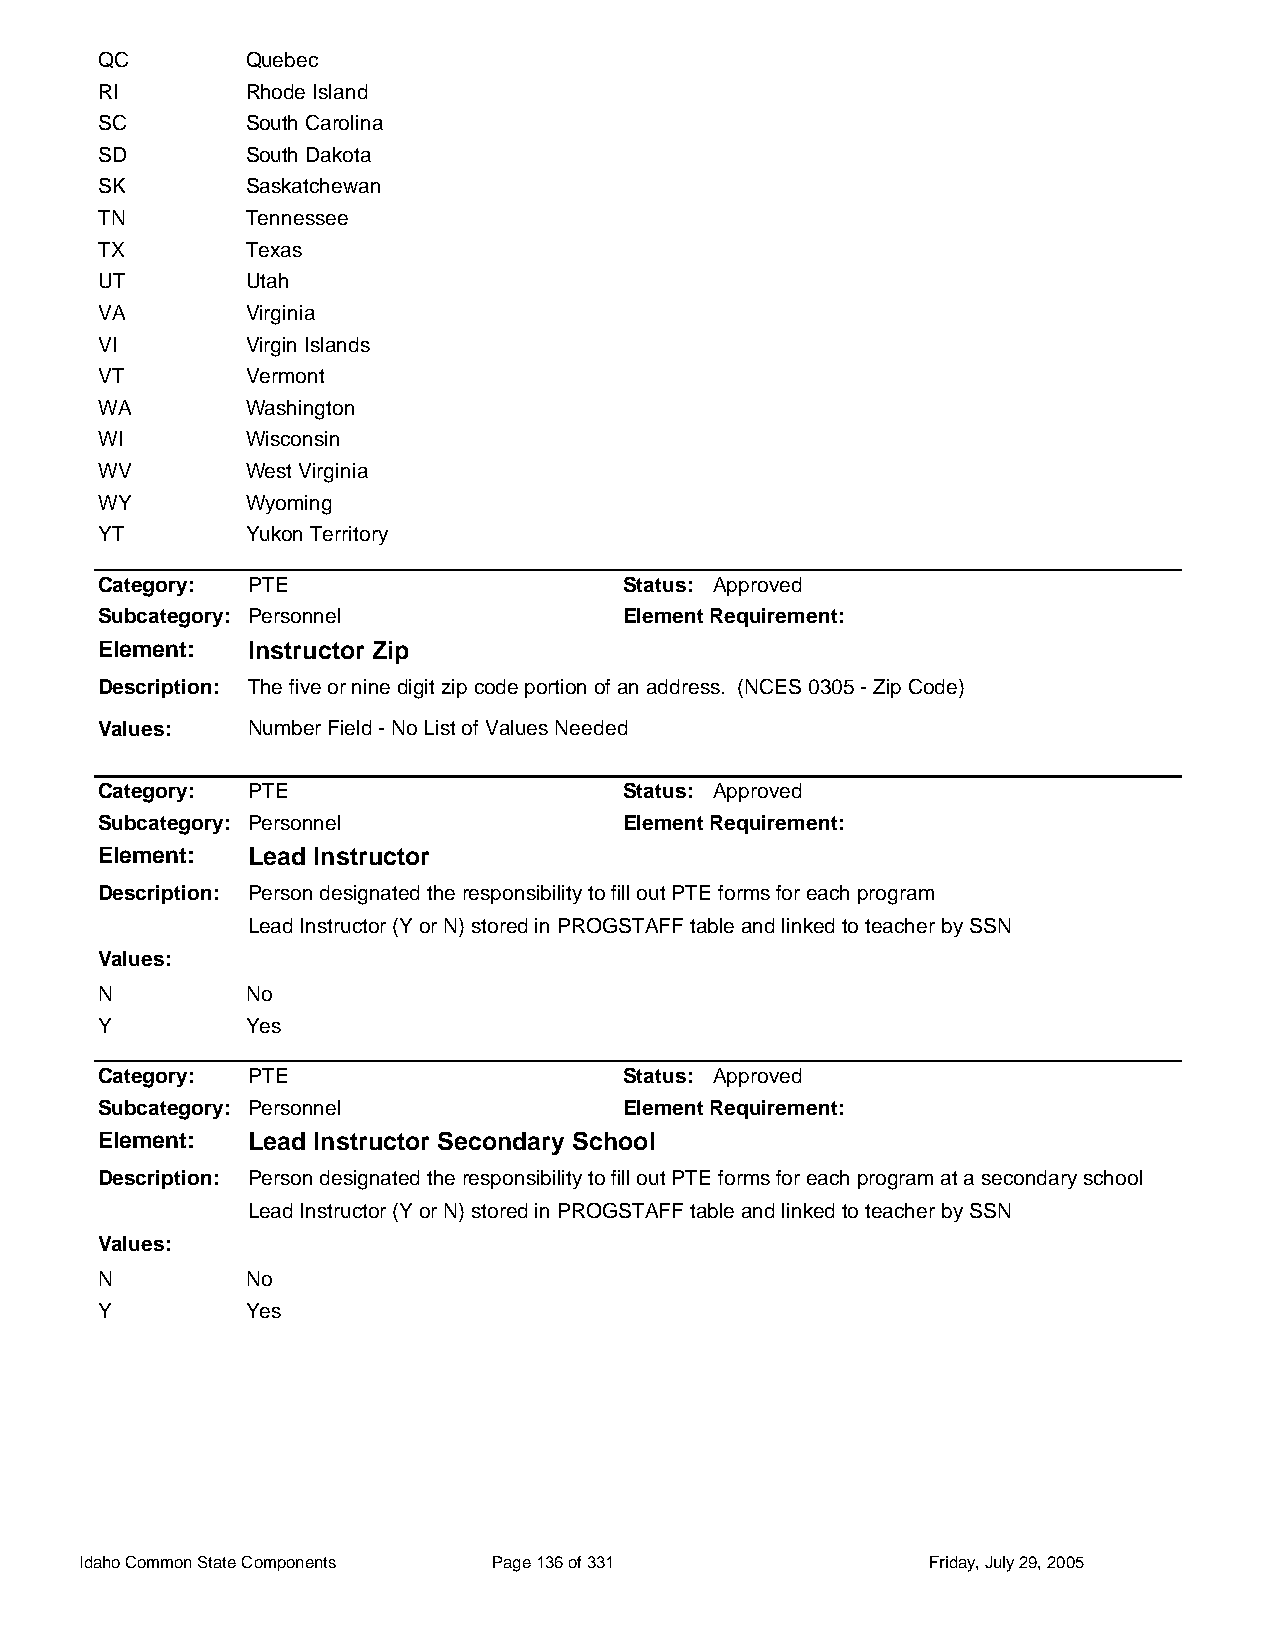
QC        Quebec
 RI        Rhode Island
 SC        South Carolina
 SD        South Dakota
 SK        Saskatchewan
 TN        Tennessee
 TX        Texas
 UT        Utah
 VA        Virginia
 VI        Virgin Islands
 VT        Vermont
 WA        Washington
 WI        Wisconsin
 WV        West Virginia
 WY        Wyoming
 YT        Yukon Territory
 Category: PTE                      Status: Approved
 Subcategory: Personnel             Element Requirement:
 Element:  Instructor Zip
 Description: The five or nine digit zip code portion of an address. (NCES 0305 - Zip Code)
 Values:   Number Field - No List of Values Needed
 Category: PTE                      Status: Approved
 Subcategory: Personnel             Element Requirement:
 Element:  Lead Instructor
 Description: Person designated the responsibility to fill out PTE forms for each program
 Lead Instructor (Y or N) stored in PROGSTAFF table and linked to teacher by SSN
 Values:
 N         No
 Y         Yes
 Category: PTE                      Status: Approved
 Subcategory: Personnel             Element Requirement:
 Element:  Lead Instructor Secondary School
 Description: Person designated the responsibility to fill out PTE forms for each program at a secondary school
 Lead Instructor (Y or N) stored in PROGSTAFF table and linked to teacher by SSN
 Values:
 N         No
 Y         Yes
 Idaho Common State Components Page 136 of 331           Friday, July 29, 2005